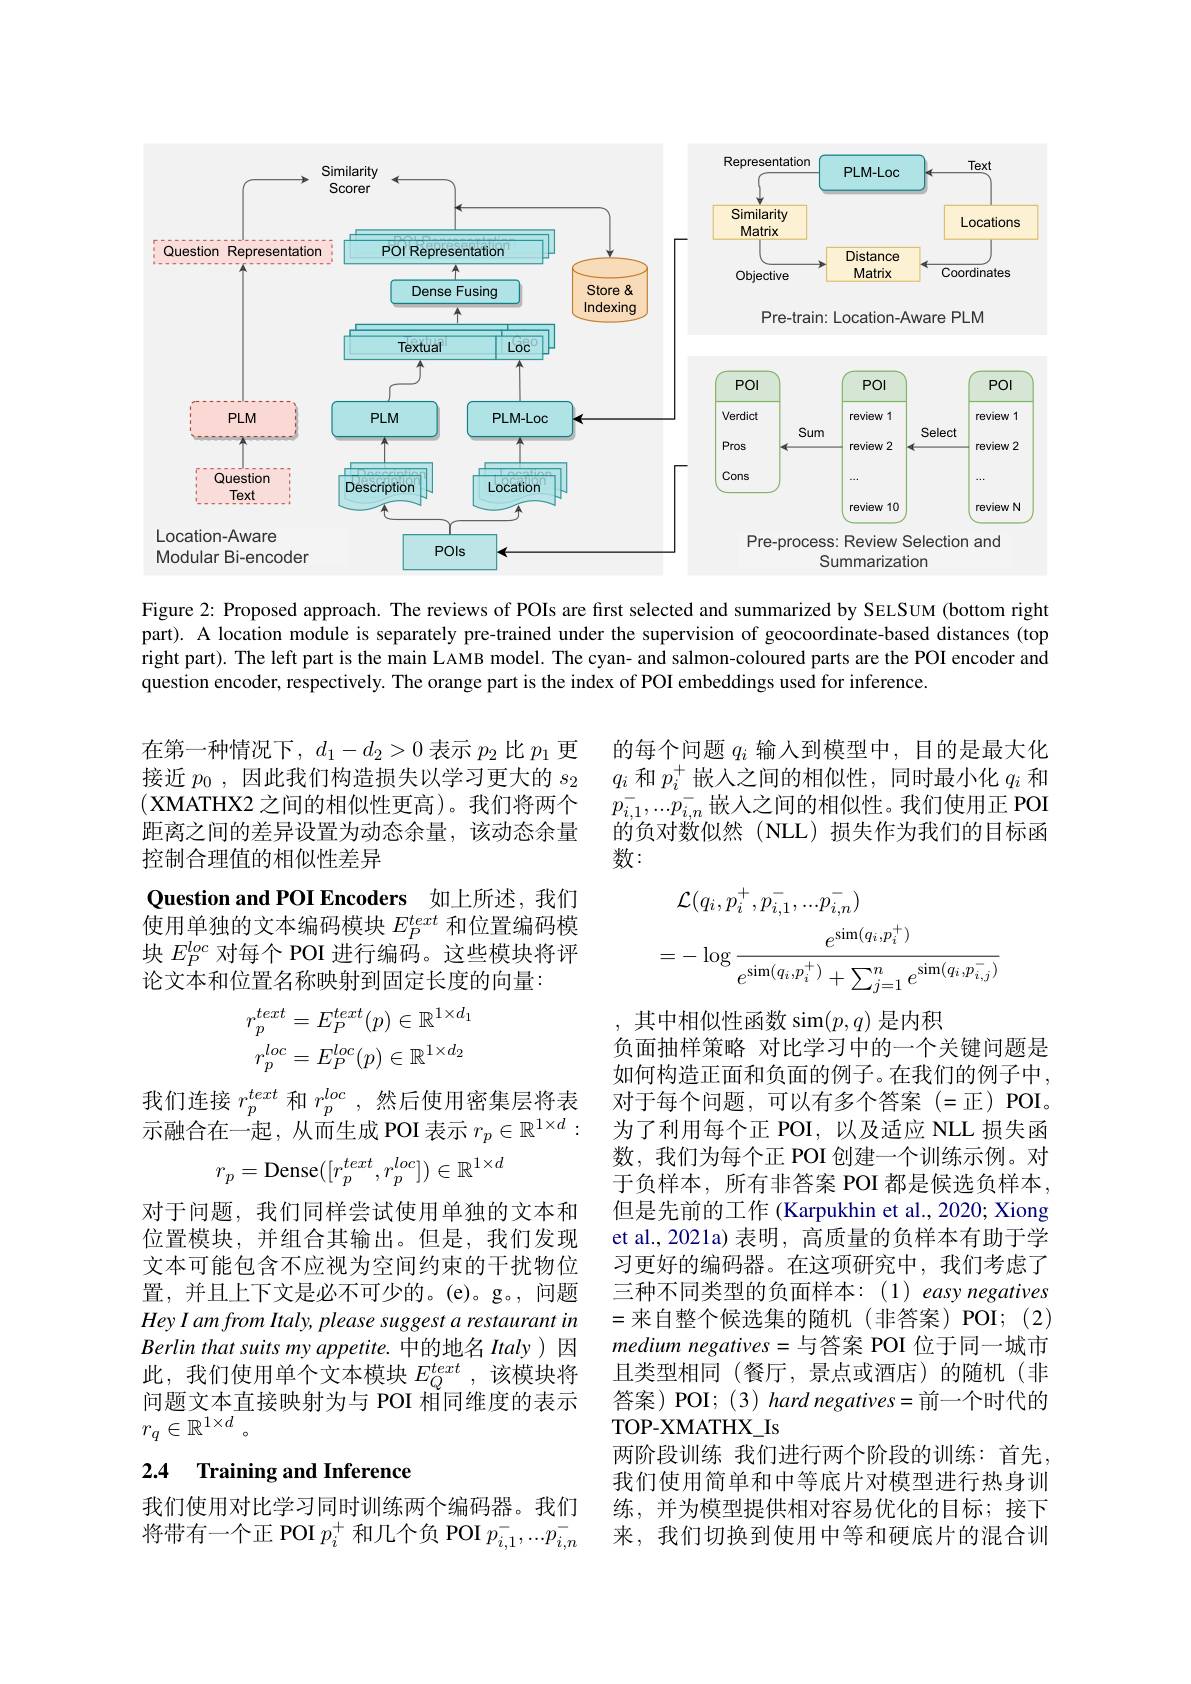
<FigureHere>

Figure 2: Proposed approach. The reviews of POIs are first selected and summarized by SELSUM (bottom right part). A location module is separately pre-trained under the supervision of geocoordinate-based distances (top right part). The left part is the main LAMB model. The cyan- and salmon-coloured parts are the POI encoder and question encoder, respectively. The orange part is the index of POI embeddings used for inference.

的每个问题$q_i$输入到模型中，目的是最大化$q_i$和$p_i^+$嵌入之间的相似性，同时最小化$q_i$和$p_{i,1}^{-},...p_{i,n}^{-}$嵌入之间的相似性。我们使用正 POI 的负对数似然(NLL)损失作为我们的目标函数：

在第一种情况下，$d_1-d_2>0$表示$p_2$比$p_1$更接近$p_0$ ,因此我们构造损失以学习更大的$s_2$ (XMATHX2 之间的相似性更高)。我们将两个距离之间的差异设置为动态余量，该动态余量控制合理值的相似性差异
Question and POI Encoders 如上所述，我们使用单独的文本编码模块$E_P^{text}$和位置编码模块$E_P^{loc}$对每个 POI 进行编码。这些模块将评论文本和位置名称映射到固定长度的向量：
$$\begin{aligned}&\mathcal{L}(q_{i},p_{i}^{+},p_{i,1}^{-},...p_{i,n}^{-})\\&=-\log\frac{e^{\sin(q_{i},p_{i}^{+})}}{e^{\sin(q_{i},p_{i}^{+})}+\sum_{j=1}^{n}e^{\sin(q_{i},p_{i,j}^{-})}}\end{aligned}$$
$$\begin{aligned}r_p^{text}&=E_P^{text}(p)\in\mathbb R^{1\times d_1}\\r_p^{loc}&=E_P^{loc}(p)\in\mathbb R^{1\times d_2}\end{aligned}$$
我们连接$r_p^{text}$和$r_p^{loc}$,然后使用密集层将表示融合在一起，从而生成 POI 表示$r_p\in\mathbb{R}^1\times d$
$$r_p=\mathrm{Dense}([r_p^{text},r_p^{loc}])\in\mathbb{R}^{1\times d}$$
其中相似性函数 sim$(p,q)$是内积
负面抽样策略 对比学习中的一个关键问题是如何构造正面和负面的例子。在我们的例子中， 对于每个问题，可以有多个答案(=正)POI。为了利用每个正 POI,以及适应 NLL 损失函数，我们为每个正 POI 创建一个训练示例。对于负样本，所有非答案 POI 都是候选负样本， 但是先前的工作 (Karpukhin et al., 2020; Xiong et al., 2021a) 表明，高质量的负样本有助于学习更好的编码器。在这项研究中，我们考虑了三种不同类型的负面样本：(1) easy negatives =来自整个候选集的随机(非答案)POI;(2) medium negatives=与答案 POI 位于同一城市且类型相同(餐厅，景点或酒店)的随机(非答案)POI;(3) hard negatives=前一个时代的TOP- XMATHX$\_$Is
两阶段训练 我们进行两个阶段的训练：首先， 我们使用简单和中等底片对模型进行热身训练，并为模型提供相对容易优化的目标；接下来，我们切换到使用中等和硬底片的混合训

对于问题，我们同样尝试使用单独的文本和位置模块，并组合其输出。但是，我们发现文本可能包含不应视为空间约束的干扰物位置，并且上下文是必不可少的。(e)。g。,问题Hey I am from Italy, please suggest a restaurant in $Berlinthatsuitsmyappetite.$中的地名 Italy)因此，我们使用单个文本模块$E_Q^{text}$ ,该模块将问题文本直接映射为与 POI 相同维度的表示$r_q\in\mathbb{R}^{1\times d}$。

# 2.4 Training and Inference

我们使用对比学习同时训练两个编码器。我们将带有一个正 POI $p_i^+$和几个负 POI $p_i,1^-,...p_{i,n}^-$